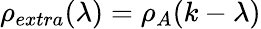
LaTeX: \rho_{extra}(\lambda)=\rho_{A}(k-\lambda)